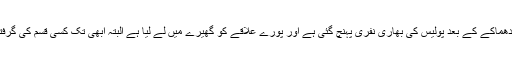
انہوں نے مزید بتایا کہ اس دھماکے کے بعد پولیس کی بھاری نفری پہنچ گئی ہے اور پورے علاقے کو گھیرے میں لے لیا ہے البتہ ابھی تک کسی قسم کی گرفتاری عمل میں نہیں آئی ہے۔